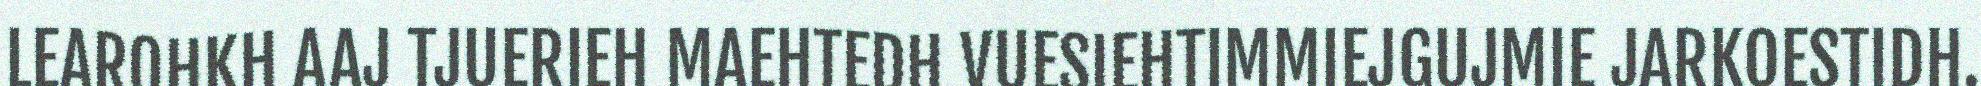
LEAROHKH AAJ TJUERIEH MAEHTEDH VUESIEHTIMMIEJGUJMIE JARKOESTIDH.